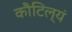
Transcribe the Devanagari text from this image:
कौटिल्यं